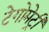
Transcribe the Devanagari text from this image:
टेगोमेट्री